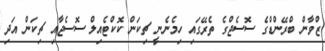
ޒްވާން ބްރޭންޑްގެ ސޮސެޖްގެ ތެރޭގައި ހިމެނެނީ ޗިކަން ކޮކްޓެއިލް ސޮސެޖާއި ޗިކަން އަދި